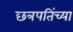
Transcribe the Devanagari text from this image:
छत्रपतिंच्या